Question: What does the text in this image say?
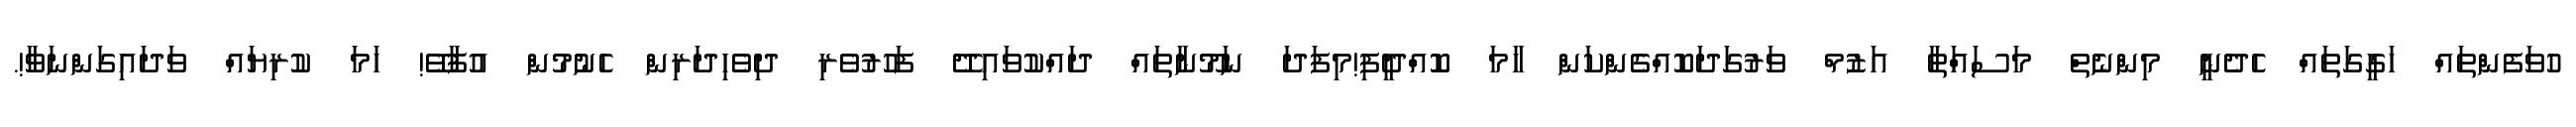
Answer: ހުވަފެންތައް ހަގީގަތައް ހެދެނީ މިންނެތް މަސައްަތާ އަޒުމް ވަރުގަދަކޮއްގެންކަން ހާމަ ކޮއްދީފި!މިފަދަ ނަމޫނާތައް ދައްކުވައިދޭ ފަހުރުވެރި ދިވެހިދަރިން ހެނުމުން އުފާވޭ! ހަމަ ކުރިޔައް ވަދައިގަންނަވާ!.